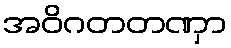
အဝိဂတတဏှာ